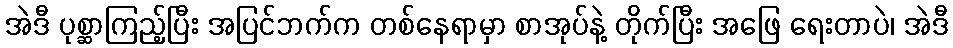
အဲဒီ ပုစ္ဆာကြည့်ပြီး အပြင်ဘက်က တစ်နေရာမှာ စာအုပ်နဲ့ တိုက်ပြီး အဖြေ ရေးတာပဲ၊ အဲဒီ